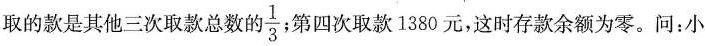
取的款是其他三次取款总数的\frac{1}{3}；第四次取款1380元，这时存款余额为零。问：小